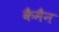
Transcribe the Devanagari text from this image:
कैमैन